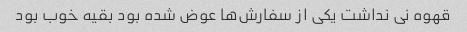
قهوه نی نداشت یکی از سفارش‌ها عوض شده بود بقیه خوب بود